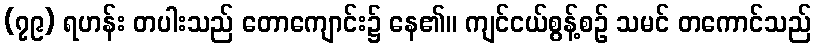
(၇၉) ရဟန်း တပါးသည် တောကျောင်း၌ နေ၏။ ကျင်ငယ်စွန့်စဉ် သမင် တကောင်သည်